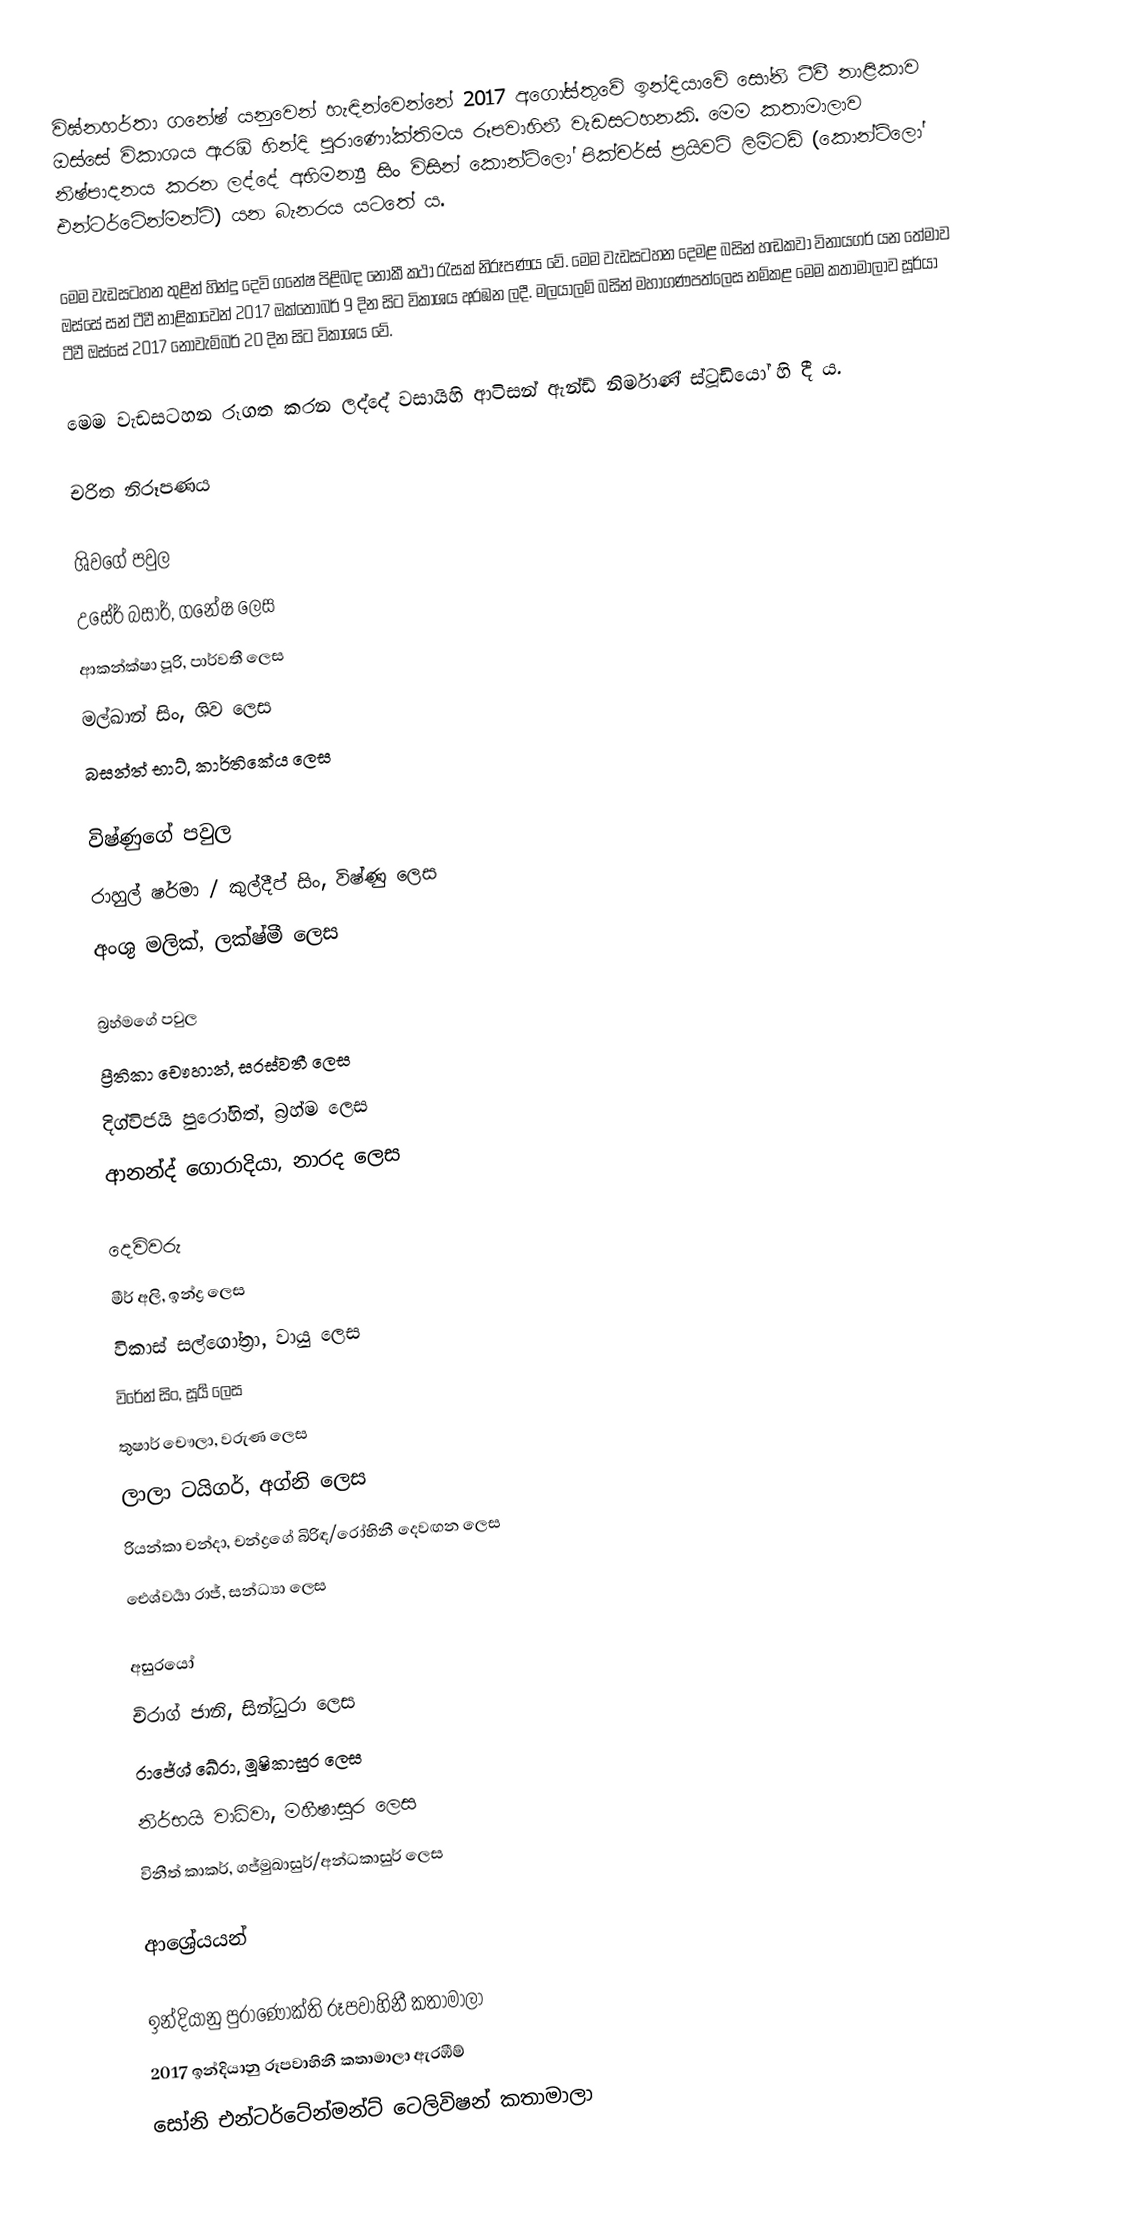
විඝ්නහර්තා ගනේෂ් යනුවෙන් හැඳින්වෙන්නේ 2017 අගෝස්තුවේ ඉන්දියාවේ සෝනි ටීවී නාළිකාව ඔස්සේ විකාශය ඇරඹි හින්දි පුරාණෝක්තිමය රූපවාහිනී වැඩසටහනකි. මෙම කතාමාලාව නිෂ්පාදනය කරන ලද්දේ අභිමන්‍යු සිං විසින් කොන්ටිලෝ පික්චර්ස් ප්‍රයිවට් ලිමිටඩ් (කොන්ටිලෝ එන්ටර්ටේන්මන්ට්) යන බැනරය යටතේ ය.

මෙම වැඩසටහන තුළින් හින්දු දෙවි ගනේෂ පිළිබඳ නොකී කථා රැසක් නිරූපණය වේ. මෙම වැඩසටහන දෙමළ බසින් හඬකවා විනායගර් ‍යන තේමාව ඔස්සේ සන් ටීවී නාළිකාවෙන් 2017 ඔක්තෝබර් 9 දින සිට විකාශය අරඹන ලදී. මලයාලම් බසින් මහාගණපත්ලෙස නම්කළ මෙම කතාමාලාව සූර්යා ටීවී ඔස්සේ 2017 නොවැම්බර් 20 දින සිට විකාශය වේ.

මෙම වැඩසටහන රූගත කරන ලද්දේ වසායිහි ආටිසන් ඇන්ඩ් නිර්මාණ් ස්ටූඩියෝ හි දී ය.

චරිත නිරූපණය

ශිවගේ පවුල
 උසේර් බසාර්, ගනේෂ ලෙස
 ආකන්ක්ෂා පූරි, පාර්වතී ලෙස
 මල්ඛාන් සිං, ශිව ලෙස
 බසන්ත් භාට්, කාර්තිකේය ලෙස

විෂ්ණුගේ පවුල
 රාහුල් ෂර්මා / කුල්දීප් සිං, විෂ්ණු ලෙස
 අංශු මලික්, ලක්ෂ්මී ලෙස

බ්‍රහ්මගේ පවුල
 ප්‍රීතිකා චෞහාන්, සරස්වතී ලෙස
 දිග්විජයි පුරෝහිත්, බ්‍රහ්ම ලෙස
 ආනන්ද් ගොරාදියා, නාරද ලෙස

දෙවිවරු
 මීර් අලි, ඉන්ද්‍ර ලෙස
 විකාස් සල්ගෝත්‍රා, වායු ලෙස
 විරේන් සිං, සූර්‍ය ලෙස
 තුෂාර් චෞලා, වරුණ ලෙස
 ලාලා ටයිගර්, අග්නි ලෙස
 රියන්කා චන්දා, චන්ද්‍රගේ බිරිඳ/රෝහිනී දෙවඟන ලෙස
 ඓශ්වර්‍යා රාජ්, සන්ධ්‍යා ලෙස

අසුරයෝ
 චිරාග් ජානි, සින්ධුරා ලෙස
 රාජේශ් ඛේරා, මූෂිකාසුර ලෙස
 නිර්භයි වාධ්වා, මහීෂාසුර ලෙස
 විනීත් කාකර්, ගජ්මුඛාසුර්/අන්ධකාසුර් ලෙස

ආශ්‍රේයයන්

ඉන්දියානු පුරාණෝක්ති රූපවාහිනී කතාමාලා
2017 ඉන්දියානු රූපවාහිනී කතාමාලා ඇරඹීම්
සෝනි එන්ටර්ටේන්මන්ට් ටෙලිවිෂන් කතාමාලා